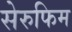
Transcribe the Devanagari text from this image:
सेरुफिम